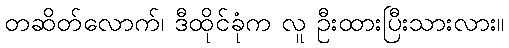
တဆိတ်လောက်၊ ဒီထိုင်ခုံက လူ ဦးထားပြီးသားလား။